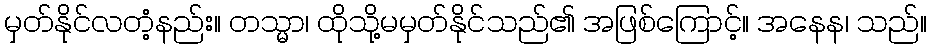
မှတ်နိုင်လတံ့နည်း။ တသ္မာ၊ ထိုသို့မမှတ်နိုင်သည်၏ အဖြစ်ကြောင့်။ အနေန၊ သည်။